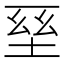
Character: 𡌥